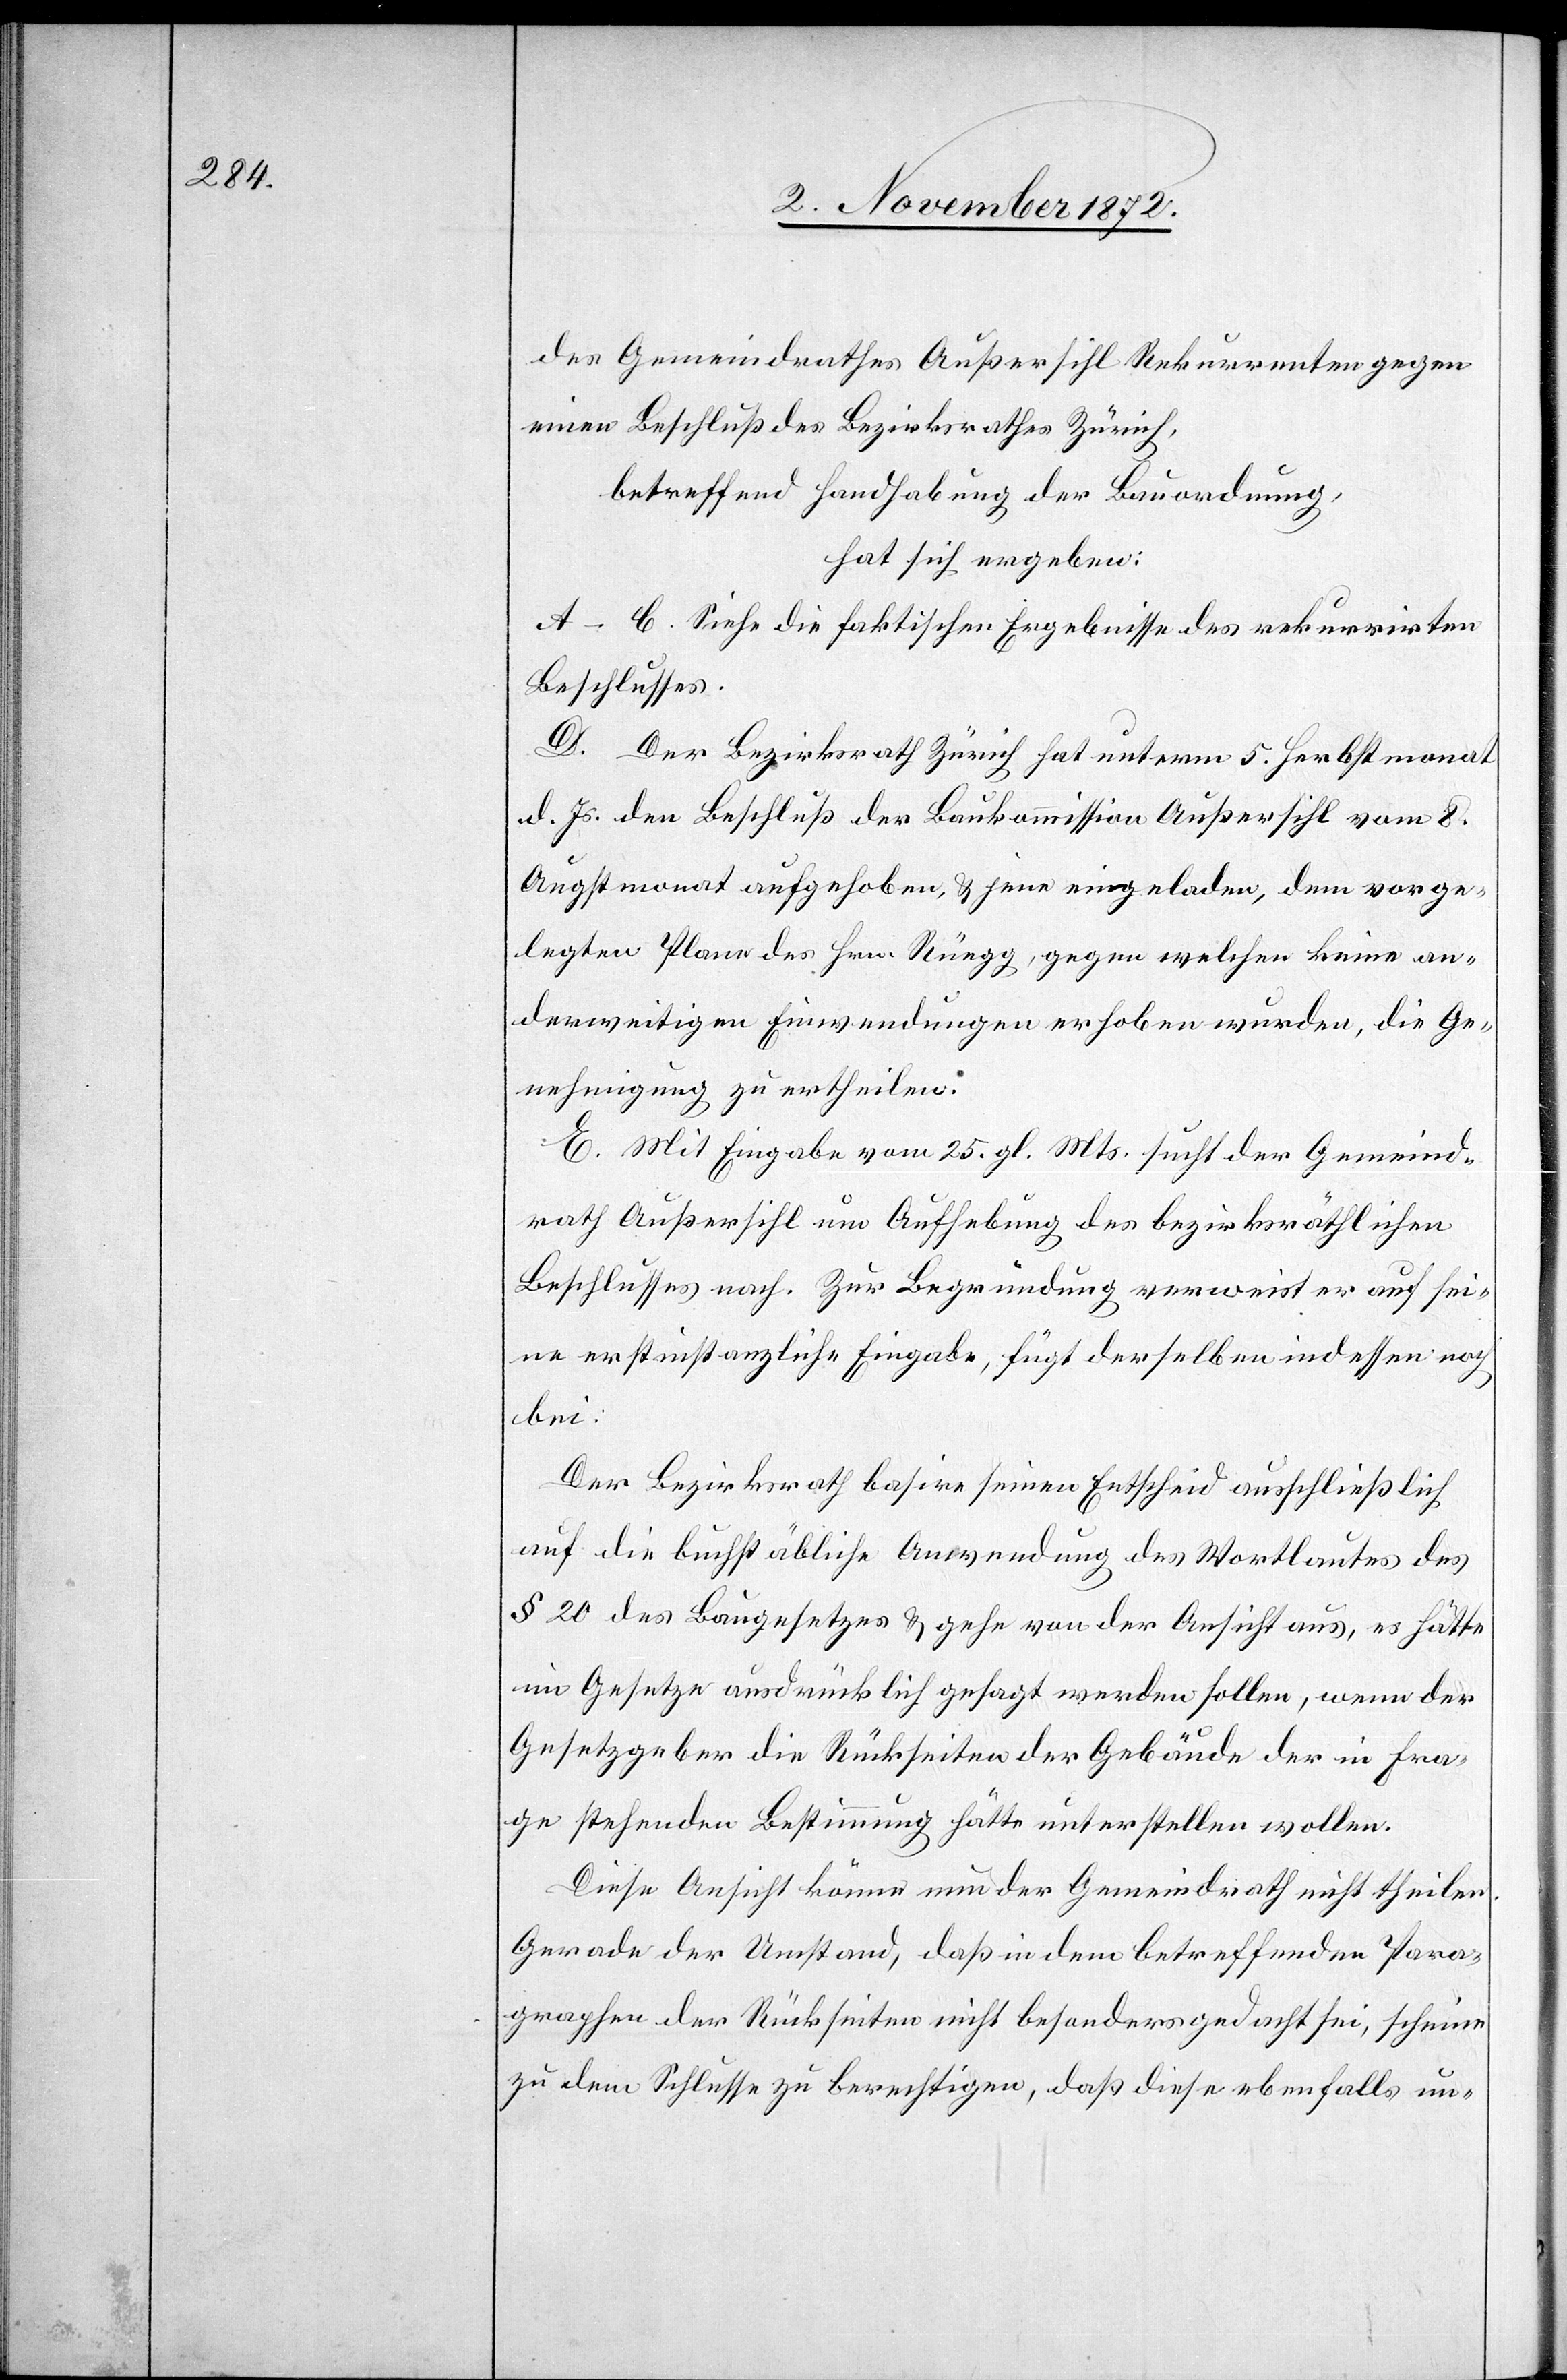
des Gemeindrathes Außersihl Rekurrenten gegen
einen Beschluß des Bezirksrathes Zürich,
betreffend Handhabung der Bauordnung,
hat sich ergeben:
A–C. Siehe die faktischen Ergebnisse des rekurriten
Beschlusses.
D. Der Bezirksrath Zürich hat unterm 5. Herbstmonat
d. Js. den Beschluß der Baukommission Außersihl vom 8.
Augstmonat aufgehoben, u. jene eingeladen, dem vorge¬
legten Plane des Hrn. Rüegg, gegen welchen keine an¬
derweitigen Einwendungen erhoben wurden, die Ge¬
nehmigung zu ertheilen.
E. Mit Eingabe vom 25. gl. Mts. sucht der Gemeind¬
rath Außersihl um Aufhebung des bezirksräthlichen
Beschlusses nach. Zur Begründung verweist er auf sei¬
ne erstinstanzliche Eingabe, fügt derselbe indessen noch
bei:
Der Bezirksrath basire seinen Entscheid ausschließlich
auf die buchstäbliche Anwendung des Wortlautes des
§ 20 des Baugesetzes u. gehe von der Ansicht aus, es hätte
im Gesetze ausdrücklich gesagt werden sollen, wenn der
Gesetzgeber die Rückseiten der Gebäude der in Fra¬
ge stehenden Bestimmung hätte unterstellen wollen.
Diese Ansicht könne nun der Gemeindrath nicht theilen.
Gerade der Umstand, daß in dem betreffenden Para¬
graphen der Rückseiten nicht besonders gedacht sei, scheine
zu dem Schlusse zu berechtigen, daß diese ebenfalls un-